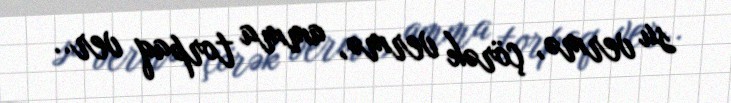
su vermə, çörək vermə, amma torpaq ver..